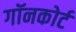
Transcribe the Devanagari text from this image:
गॉनकोर्ट